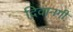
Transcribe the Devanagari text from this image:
दिवानगी